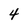
Character: 4